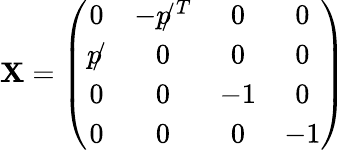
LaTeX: \mathbf{X}=\left(\begin{array}{cccc}{{0}}&{{-p\! \! /^{T}}}&{{0}}&{{0}}\\ {{p\! \! /}}&{{0}}&{{0}}&{{0}}\\ {{0}}&{{0}}&{{-1}}&{{0}}\\ {{0}}&{{0}}&{{0}}&{{-1}}\end{array}\right)